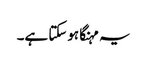
یہ مہنگا ہوسکتا ہے۔